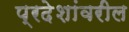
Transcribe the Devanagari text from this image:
प्रदेशांवरील